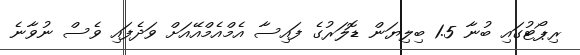
ރިޕޯޓުގައި ބުނާ 1.5 ބިލިޔަން ޑޮލަރުގެ ފައިސާ އެމްއެމްއޭއަށް ވަދެފައި ވެސް ނުވާނެ